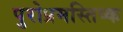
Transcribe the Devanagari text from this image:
पुरोप्रमस्तिष्क